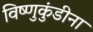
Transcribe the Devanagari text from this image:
विष्णुकुंडीना